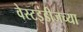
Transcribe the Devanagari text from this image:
वेस्टइंडीजच्या